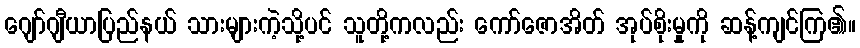
ဂျော်ဂျီယာပြည်နယ် သားများကဲ့သို့ပင် သူတို့ကလည်း ကော်ဇောအိတ် အုပ်စိုးမှုကို ဆန့်ကျင်ကြ၏။